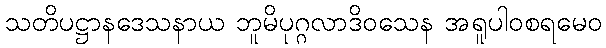
သတိပဋ္ဌာနဒေသနာယ ဘူမိပုဂ္ဂလာဒိဝသေန အရူပါဝစရမေဝ